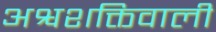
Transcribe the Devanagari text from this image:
अश्वशक्तिवाली